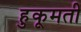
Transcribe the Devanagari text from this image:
हुकूमती